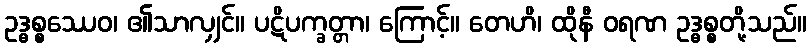
ဥဒ္ဓစ္စဿေဝ၊ ၏သာလျှင်။ ပဋိပက္ခတ္တာ၊ ကြောင့်။ တေဟိ၊ ထိုနီ ဝရဏ ဥဒ္ဓစ္စတို့သည်။